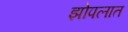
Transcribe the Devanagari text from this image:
झोपलात